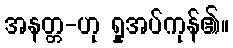
အနတ္တ-ဟု ရှုအပ်ကုန်၏။